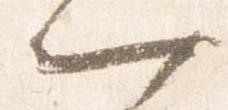
一